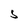
Character: 5